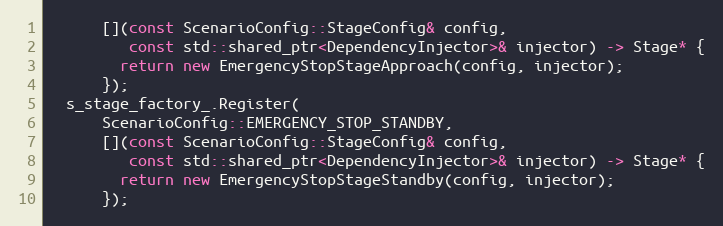
Language: C++
      [](const ScenarioConfig::StageConfig& config,
         const std::shared_ptr<DependencyInjector>& injector) -> Stage* {
        return new EmergencyStopStageApproach(config, injector);
      });
  s_stage_factory_.Register(
      ScenarioConfig::EMERGENCY_STOP_STANDBY,
      [](const ScenarioConfig::StageConfig& config,
         const std::shared_ptr<DependencyInjector>& injector) -> Stage* {
        return new EmergencyStopStageStandby(config, injector);
      });